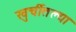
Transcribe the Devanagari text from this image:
खुर्चीतल्या